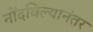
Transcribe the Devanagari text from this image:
नोंदविल्यानंतर